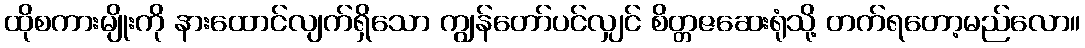
ထိုစကားမျိုးကို နားထောင်လျက်ရှိသော ကျွန်တော်ပင်လျှင် စိတ္တဇဆေးရုံသို့ တက်ရတော့မည်လော။